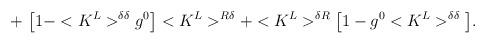
LaTeX: \begin{align*}+\,\,\big[1-<K^L>^{\delta\delta}g^0\big]<K^L>^{R\delta}+<K^L>^{\delta R}\big[1-g^0<K^L>^{\delta\delta}\big].\end{align*}